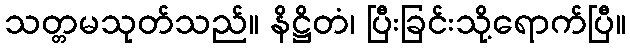
သတ္တမသုတ်သည်။ နိဋ္ဌိတံ၊ ပြီးခြင်းသို့ရောက်ပြီ။